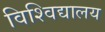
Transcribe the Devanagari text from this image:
विश्‍विद्यालय